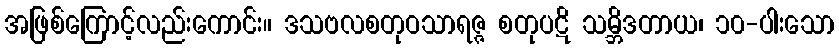
အဖြစ်ကြောင့်လည်းကောင်း။ ဒသဗလစတုဝသာရဇ္ဇ စတုပဋိ သမ္ဘိဒတာယ၊ ၁၀-ပါးသော